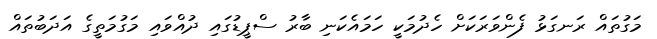
މަގުތައް ރަނގަޅު ފެންވަރަކަށް ހެދުމަކީ ހަމައެކަނި ބާރު ސްޕީޑުގައި ދުއްވައި މަގުމަތީގެ އަދަބުތައް